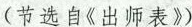
(节选自《出师表》)